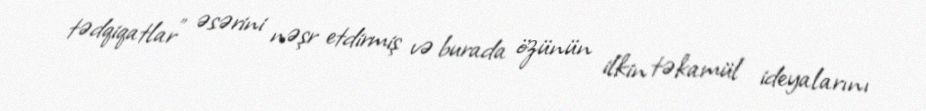
tədqiqatlar" əsərini nəşr etdirmiş və burada özünün ilkin təkamül ideyalarını